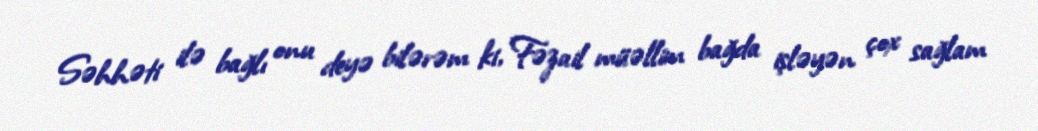
Səhhəti ilə bağlı onu deyə bilərəm ki, Fəzail müəllim bağda işləyən çox sağlam